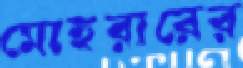
মোহরারের